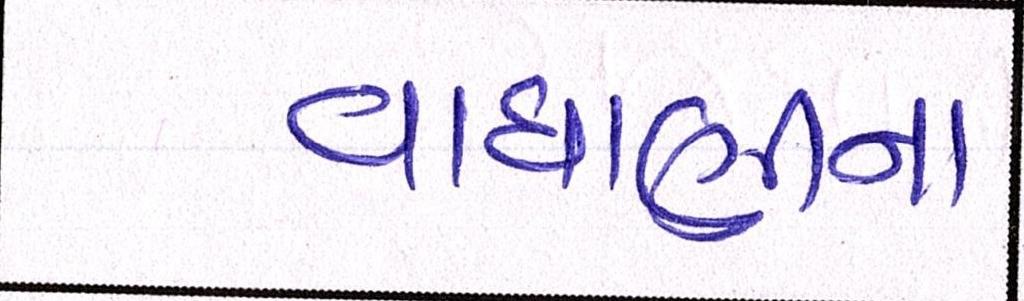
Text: વાઘાણીના